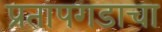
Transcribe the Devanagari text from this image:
प्रतापगडाचा